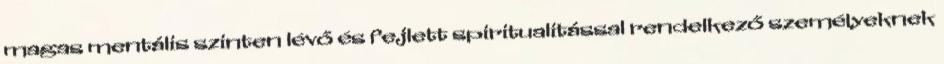
magas mentális szinten lévő és fejlett spiritualitással rendelkező személyeknek